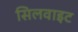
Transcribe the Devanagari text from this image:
सिलवाइट